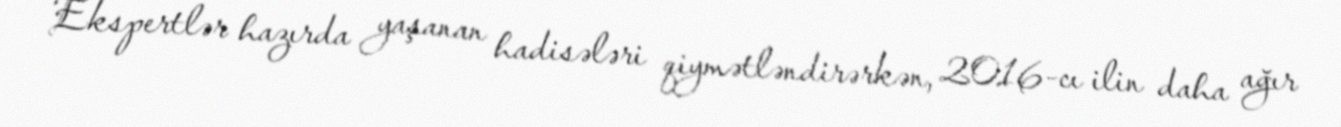
Ekspertlər hazırda yaşanan hadisələri qiymətləndirərkən, 2016-cı ilin daha ağır